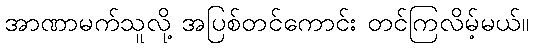
အာဏာမက်သူလို့ အပြစ်တင်ကောင်း တင်ကြလိမ့်မယ်။